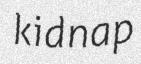
kidnap